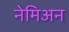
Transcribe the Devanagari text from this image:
नेमिअन